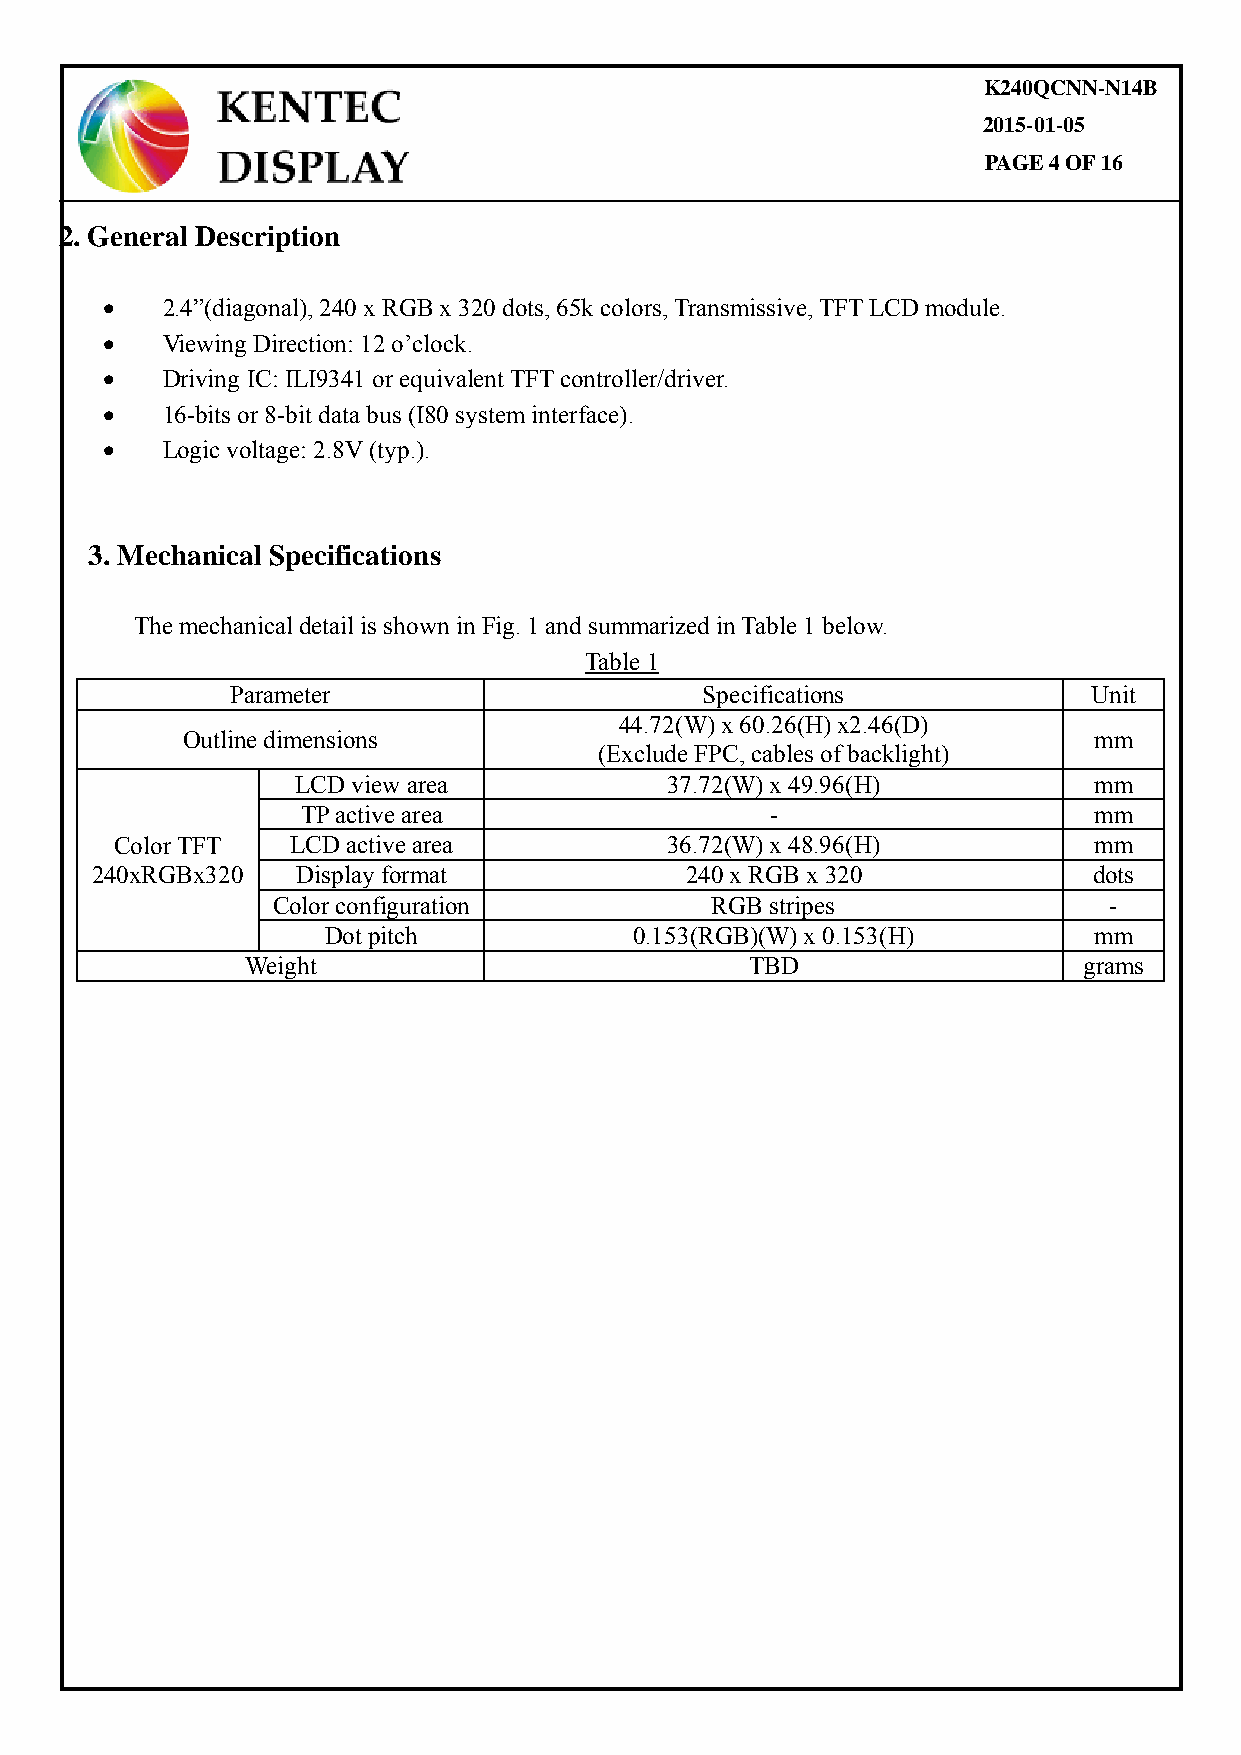
K240QCNN-N14B
 2015-01-05
 PAGE 4 OF 16
 2. General Description
   2.4”(diagonal), 240 x RGB x 320 dots, 65k colors, Transmissive, TFT LCD module.
 Viewing Direction: 12 o’clock.
 Driving IC: ILI9341 or equivalent TFT controller/driver.
 16-bits or 8-bit data bus (I80 system interface).
 Logic voltage: 2.8V (typ.).
 3. Mechanical Specifications
 The mechanical detail is shown in Fig. 1 and summarized in Table 1 below.
 Table 1
 Parameter                       Specifications           Unit
 44.72(W) x 60.26(H) x2.46(D)
 Outline dimensions                                          mm
 (Exclude FPC, cables of backlight)
 LCD view area           37.72(W) x 49.96(H)         mm
 TP active area                 -                    mm
 Color TFT  LCD active area          36.72(W) x 48.96(H)         mm
 240xRGBx320   Display format           240 x RGB x 320            dots
 Color configuration          RGB stripes               -
 Dot pitch           0.153(RGB)(W) x 0.153(H)      mm
 Weight                            TBD                   grams